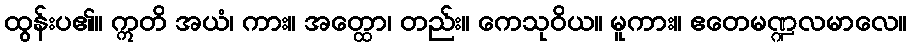
ထွန်းပ၏။ ဣတိ အယံ၊ ကား။ အတ္ထော၊ တည်း။ ကေသုဝိယ။ မူကား။ ဧတေမဏ္ဍလမာလေ။